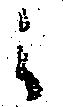
之